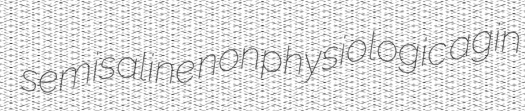
semisaline nonphysiologic agin